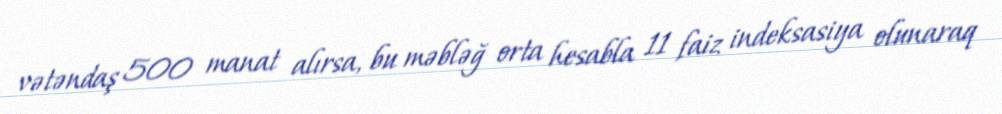
vətəndaş 500 manat alırsa, bu məbləğ orta hesabla 11 faiz indeksasiya olunaraq